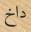
داخ